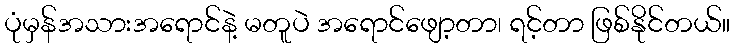
ပုံမှန်အသားအရောင်နဲ့ မတူပဲ အရောင်ဖျော့တာ၊ ရင့်တာ ဖြစ်နိုင်တယ်။